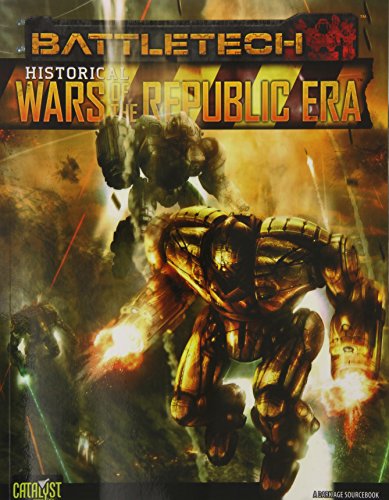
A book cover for Battletech Wars of the Republic; Science Fiction & Fantasy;